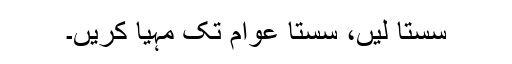
سستا لیں، سستا عوام تک مہیا کریں۔